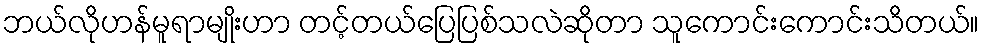
ဘယ်လိုဟန်မူရာမျိုးဟာ တင့်တယ်ပြေပြစ်သလဲဆိုတာ သူကောင်းကောင်းသိတယ်။